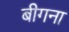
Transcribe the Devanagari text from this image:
बीगना